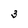
Character: 3